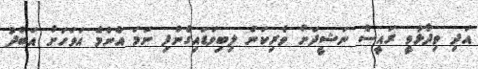
އަދި ވިދާޅުވީ ރައީސް ނަޝީދަށް ވެރިކަން ލިބިވަޑައިގެންފި ނަމަ އެންމެ އަވަހަށް އަބްދު